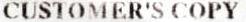
CUSTOMER'S COPY